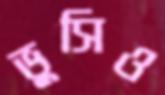
ভুসিও